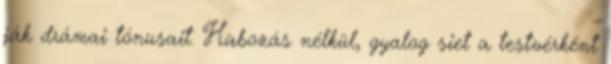
ják drámai tónusait. Habozás nélkül, gyalog siet a testvérként